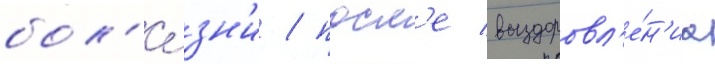
бол'е́зн'и / посл'е выздоровл'е́н'иа